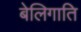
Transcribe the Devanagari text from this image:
बेलिगाति